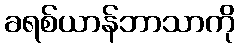
ခရစ်ယာန်ဘာသာကို